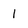
Character: 1